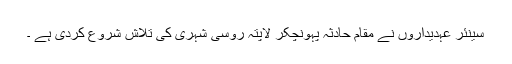
سینئر عہدیداروں نے مقام حادثہ پہونچکر لاپتہ روسی شہری کی تلاش شروع کردی ہے ۔